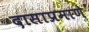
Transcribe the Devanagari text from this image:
दासाप्रमाणे